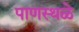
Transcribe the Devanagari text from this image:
पाणस्थळे